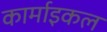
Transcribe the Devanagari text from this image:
कार्माइकल